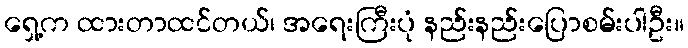
ရှေ့က ထားတာထင်တယ်၊ အရေးကြီးပုံ နည်းနည်းပြောစမ်းပါဦး။